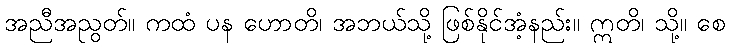
အညီအညွတ်။ ကထံ ပန ဟောတိ၊ အဘယ်သို့ ဖြစ်နိုင်အံ့နည်း။ ဣတိ၊ သို့။ စေ